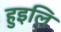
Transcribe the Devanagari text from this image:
हुइलि